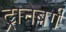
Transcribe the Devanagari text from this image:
ट्रानेबर्ग